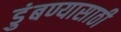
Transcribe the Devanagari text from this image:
डुंबण्यासाठी